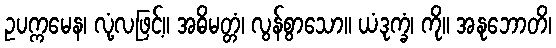
ဥပက္ကမေန၊ လုံ့လဖြင့်။ အဓိမတ္တံ၊ လွန်စွာသော။ ယံဒုက္ခံ၊ ကို။ အနုဘောတိ၊